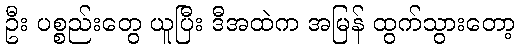
ဦး ပစ္စည်းတွေ ယူပြီး ဒီအထဲက အမြန် ထွက်သွားတော့